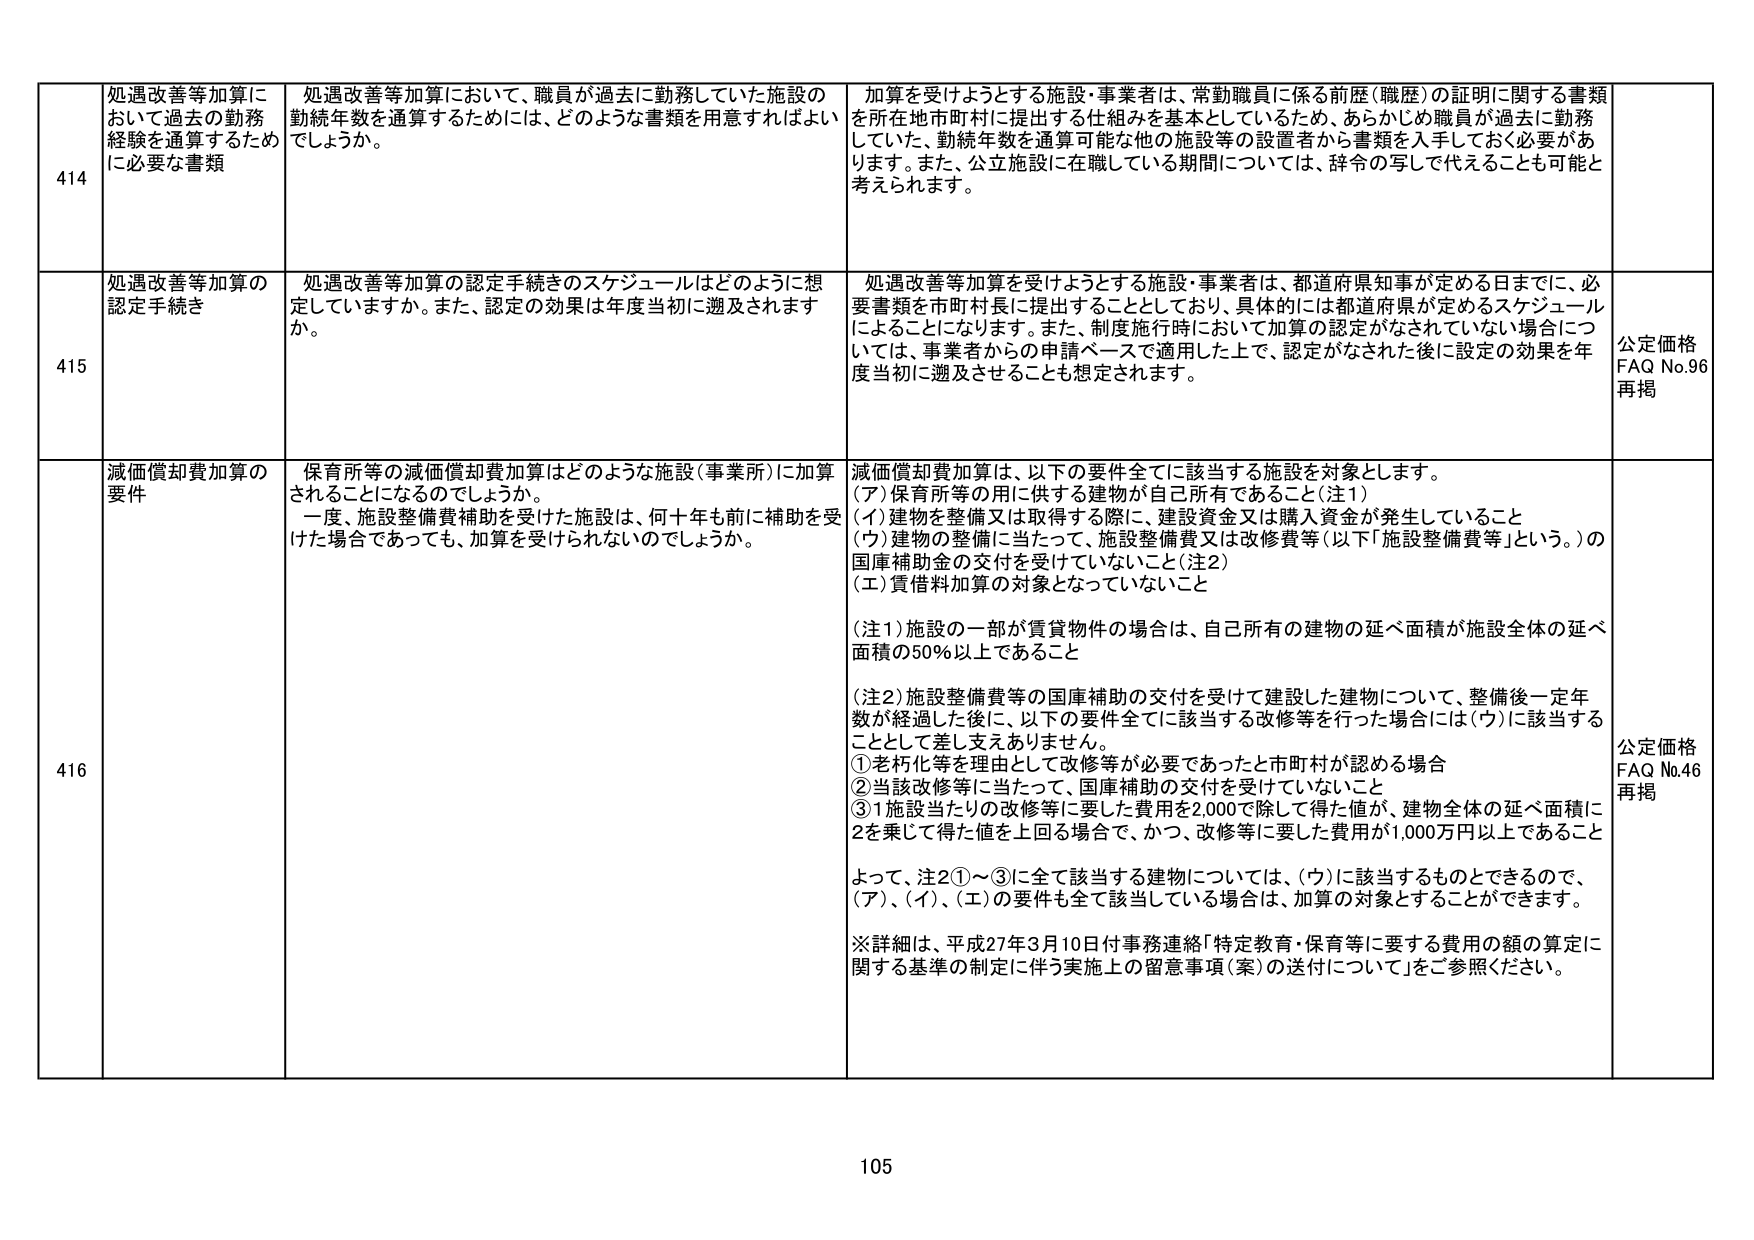
414 処遇改善等加算において過去の勤務経験を通算するため必要な書類
処遇改善等加算において、職員が過去に勤務していた施設の勤続年数を通算するためには、どのような書類を用意すればよいでしょうか。
加算を受けようとする施設・事業者は、常勤職員に係る前歴（職歴）の証明に関する書類を所在地市町村に提出する仕組みを基本としているため、あらかじめ職員が過去に勤務していた、勤続年数を通算可能な他の施設等の設置者から書類を入手しておく必要があります。また、公立施設に在職している期間については、辞令の写しで代えることも可能と考えられます。

415 処遇改善等加算の認定手続き
処遇改善等加算の認定手続きのスケジュールはどのように想定していますか。また、認定の効果は年度当初に遡及されますか。
処遇改善等加算を受けようとする施設・事業者は、都道府県知事が定める日までに、必要書類を市町村長に提出することとしており、具体的には都道府県が定めるスケジュールによることになります。また、制度施行時において加算の認定がなされていない場合については、事業者からの申請ベースで適用した上で、認定がなされた後に設定の効果を年度当初に遡及させることも想定されます。
公定価格 FAQ No.96 再掲

416 減価償却費加算の要件
保育所等の減価償却費加算はどのような施設（事業所）に加算されることになるのでしょうか。
一度、施設整備費補助を受けた施設は、何十年も前に補助を受けた場合であっても、加算を受けられないのでしょうか。
減価償却費加算は、以下の要件全てに該当する施設を対象とします。
（ア）保育所等の用に供する建物が自己所有であること（注1）
（イ）建物を整備又は取得する際に、建設資金又は購入資金が発生していること
（ウ）建物の整備に当たって、施設整備費又は改修費等（以下「施設整備費等」という。）の国庫補助金の交付を受けていないこと（注2）
（エ）賃借料加算の対象となっていないこと

（注1）施設の一部が賃貸物件の場合は、自己所有の建物の延べ面積が施設全体の延べ面積の50％以上であること

（注2）施設整備費等の国庫補助の交付を受けて建設した建物について、整備後一定年数が経過した後に、以下の要件全てに該当する改修等を行った場合には（ウ）に該当することとして差し支えありません。
①老朽化等を理由として改修等が必要であったと市町村が認める場合
②当該改修等に当たって、国庫補助の交付を受けていないこと
③1施設当たりの改修等に要した費用を2,000で除して得た値が、建物全体の延べ面積に2を乗じて得た値を上回る場合で、かつ、改修等に要した費用が1,000万円以上であること

よって、注2①～③に全て該当する建物については、（ウ）に該当するものできるので、（ア）、（イ）、（エ）の要件も全て該当している場合は、加算の対象とすることができます。

※詳細は、平成27年3月10日付事務連絡「特定教育・保育等に要する費用の額の算定に関する基準の制定に伴う実施上の留意事項（案）の送付について」をご参照ください。
公定価格 FAQ No.46 再掲

105